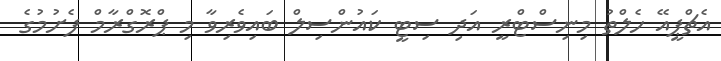
އެޗްޕީއޭ ހެލްތު މިނިސްޓްރީ އަދި ސިޓީ ކައުންސިލް ބައިވެރިވާ މި ޕްރޮގްރާމް ފެށުމުގެ